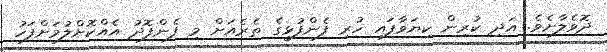
ދޮވެލާށެވެ. އަދި ކުރިން ކިޔަވާފައި ހުރި ފެންފުޅީގެ ތެރެއަށް މި ފެންފޮދު އެއްކޮށްލުމަށްފަހު